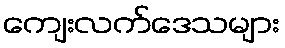
ကျေးလက်ဒေသများ